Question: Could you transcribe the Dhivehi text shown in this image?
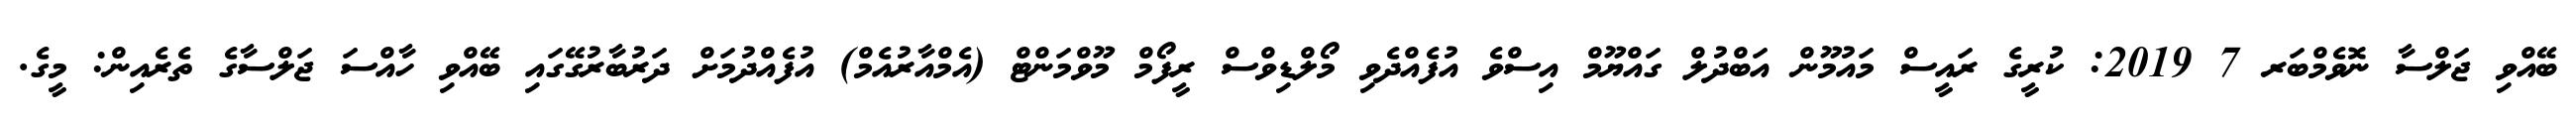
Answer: ބޭއްވި ޖަލްސާ ނޮވެމްބަރ 7 2019: ކުރީގެ ރައީސް މައުމޫން އަބްދުލް ގައްޔޫމް އިސްވެ އުފެއްދެވި މޯލްޑިވްސް ރީފޯމް މޫވްމަންޓް (އެމްއާރުއެމް) އުފެއްދުމަށް ދަރުބާރުގޭގައި ބޭއްވި ހާއްސަ ޖަލްސާގެ ތެރެއިން: މީގެ.